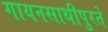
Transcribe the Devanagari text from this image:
गायनसाथीपुरते